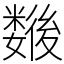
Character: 𢖖